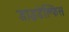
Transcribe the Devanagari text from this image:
डाइडेल्फिस